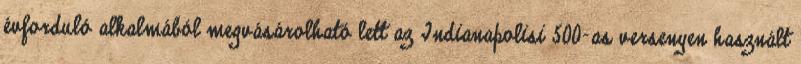
évforduló alkalmából megvásárolható lett az Indianapolisi 500-as versenyen használt